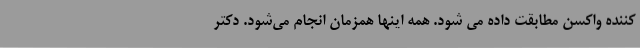
کننده واکسن مطابقت داده می‌ شود. همه اینها همزمان انجام می‌شود. دکتر